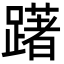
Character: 躇